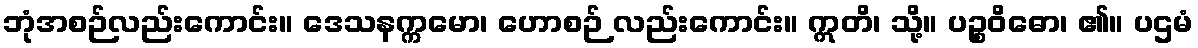
ဘုံအစဉ်လည်းကောင်း။ ဒေသနက္ကမော၊ ဟောစဉ် လည်းကောင်း။ ဣတိ၊ သို့။ ပဉ္စဝိဓော၊ ၏။ ပဌမံ